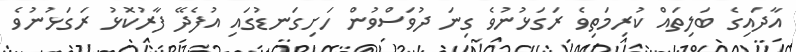
އާދައިގެ ބަލިތައް ކުރިމަތިވެ ރަގަޅުނުވެ ގިނަ ދުވަސްވުން ހަށިގަނޑުގައި އުފެދޭ ފާރުކޮޅު ރަގަޅުނުވެ